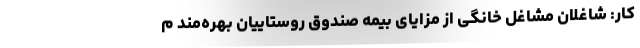
کار: شاغلان مشاغل خانگی از مزایای بیمه صندوق روستاییان بهره‌مند م